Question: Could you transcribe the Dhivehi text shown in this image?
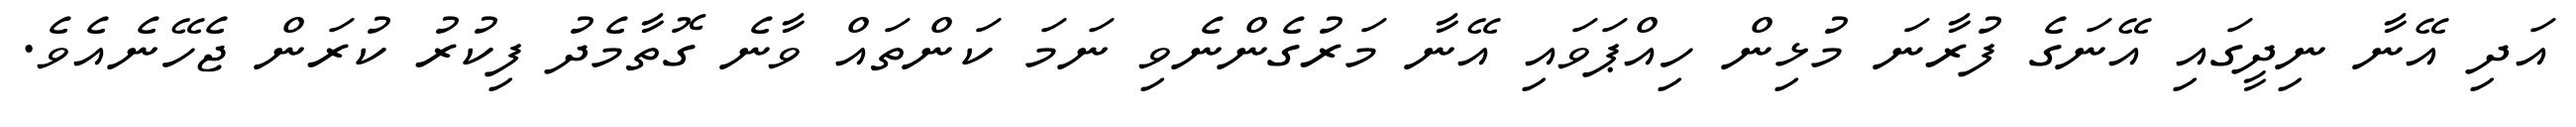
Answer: އަދި އޭނާ ނިދީގައި އޭނަގެ ފުރާނަ މުޅިން ހިއްޕަވައި އޭނާ މަރުގެންނެވި ނަމަ ކަންތައް ވާނެ ގޮތާމެދު ފިކުރު ކުރަން ޖެހޭނެއެވެ.